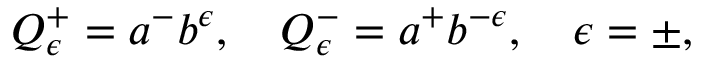
Q _ { \epsilon } ^ { + } = a ^ { - } b ^ { \epsilon } , \quad Q _ { \epsilon } ^ { - } = a ^ { + } b ^ { - \epsilon } , \quad \epsilon = \pm ,